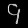
Digit: ၄